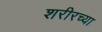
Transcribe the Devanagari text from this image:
शरीरच्या